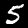
Digit: 5